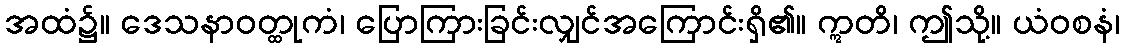
အထံ၌။ ဒေသနာဝတ္ထုကံ၊ ပြောကြားခြင်းလျှင်အကြောင်းရှိ၏။ ဣတိ၊ ဤသို့။ ယံဝစနံ၊